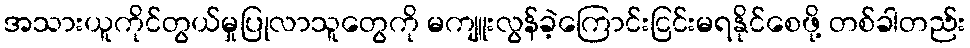
အသားယူကိုင်တွယ်မှုပြုလာသူတွေကို မကျူးလွန်ခဲ့ကြောင်းငြင်းမရနိုင်စေဖို့ တစ်ခါတည်း